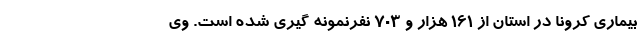
بیماری کرونا در استان از ۱۶۱ هزار و ۷۰۳ نفرنمونه گیری شده است. وی